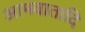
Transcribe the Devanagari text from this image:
आमवातादि